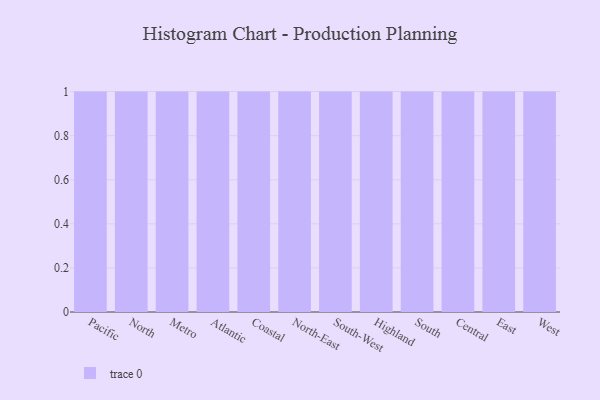
{"axis": {"x": "Region", "y": "Operating Costs (USD K)"}, "legend": [""], "data": [{"x": "Pacific", "y": 6, "type": ""}, {"x": "North", "y": 100, "type": ""}, {"x": "Metro", "y": 80, "type": ""}, {"x": "Atlantic", "y": 7, "type": ""}, {"x": "Coastal", "y": 16, "type": ""}, {"x": "North-East", "y": 48, "type": ""}, {"x": "South-West", "y": 82, "type": ""}, {"x": "Highland", "y": 37, "type": ""}, {"x": "South", "y": 24, "type": ""}, {"x": "Central", "y": 79, "type": ""}, {"x": "East", "y": 57, "type": ""}, {"x": "West", "y": 22, "type": ""}]}